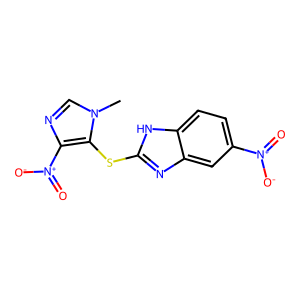
SMILES: Cn1cnc([N+](=O)[O-])c1Sc1nc2cc([N+](=O)[O-])ccc2[nH]1
Inhibits HIV replication: No